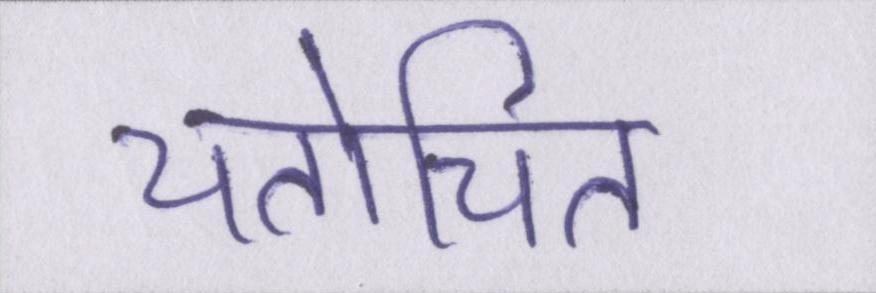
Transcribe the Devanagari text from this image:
यतोचित